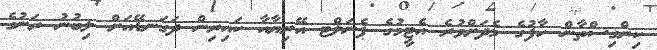
ކިރްގިސްތާން ހާފުގެ މެދަށްވުރެ އެޓީމުގެ ޕެނަލްޓ އޭރިޔާއާ ކައިރިން ދަގަނޑޭއަށް ލިބުނު ރަނުގެ